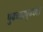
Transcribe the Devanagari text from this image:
पुढच्यापुढच्या